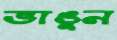
ভাঙুন